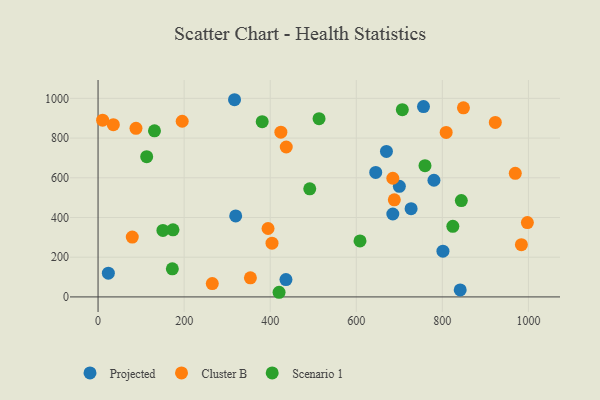
{"axis": {"x": "Distance", "y": "Rating"}, "legend": ["Cluster B", "Projected", "Scenario 1"], "data": [{"x": "727.4", "y": 444.6, "type": "Projected"}, {"x": "700.1", "y": 557.0, "type": "Projected"}, {"x": "645.2", "y": 626.9, "type": "Projected"}, {"x": "684.9", "y": 417.5, "type": "Projected"}, {"x": "436.6", "y": 87.5, "type": "Projected"}, {"x": "670.1", "y": 732.9, "type": "Projected"}, {"x": "756.2", "y": 958.7, "type": "Projected"}, {"x": "319.8", "y": 407.8, "type": "Projected"}, {"x": "23.9", "y": 119.8, "type": "Projected"}, {"x": "801.4", "y": 230.2, "type": "Projected"}, {"x": "841.5", "y": 35.2, "type": "Projected"}, {"x": "317.1", "y": 993.1, "type": "Projected"}, {"x": "780.5", "y": 587.6, "type": "Projected"}, {"x": "969.5", "y": 622.2, "type": "Cluster B"}, {"x": "923.1", "y": 878.7, "type": "Cluster B"}, {"x": "195.5", "y": 884.8, "type": "Cluster B"}, {"x": "684.9", "y": 597.7, "type": "Cluster B"}, {"x": "424.8", "y": 829.9, "type": "Cluster B"}, {"x": "35.5", "y": 867.7, "type": "Cluster B"}, {"x": "354.0", "y": 96.0, "type": "Cluster B"}, {"x": "997.6", "y": 374.6, "type": "Cluster B"}, {"x": "88.1", "y": 849.2, "type": "Cluster B"}, {"x": "10.6", "y": 889.9, "type": "Cluster B"}, {"x": "688.4", "y": 489.2, "type": "Cluster B"}, {"x": "265.4", "y": 67.3, "type": "Cluster B"}, {"x": "808.9", "y": 828.5, "type": "Cluster B"}, {"x": "437.3", "y": 755.0, "type": "Cluster B"}, {"x": "395.0", "y": 344.5, "type": "Cluster B"}, {"x": "983.7", "y": 263.1, "type": "Cluster B"}, {"x": "404.2", "y": 270.7, "type": "Cluster B"}, {"x": "849.0", "y": 952.1, "type": "Cluster B"}, {"x": "79.5", "y": 301.6, "type": "Cluster B"}, {"x": "707.0", "y": 943.1, "type": "Scenario 1"}, {"x": "174.1", "y": 338.1, "type": "Scenario 1"}, {"x": "491.9", "y": 544.4, "type": "Scenario 1"}, {"x": "513.5", "y": 897.7, "type": "Scenario 1"}, {"x": "759.7", "y": 660.9, "type": "Scenario 1"}, {"x": "150.7", "y": 334.9, "type": "Scenario 1"}, {"x": "420.6", "y": 23.4, "type": "Scenario 1"}, {"x": "131.1", "y": 836.6, "type": "Scenario 1"}, {"x": "824.4", "y": 355.7, "type": "Scenario 1"}, {"x": "381.4", "y": 882.7, "type": "Scenario 1"}, {"x": "113.0", "y": 706.3, "type": "Scenario 1"}, {"x": "608.7", "y": 282.1, "type": "Scenario 1"}, {"x": "844.1", "y": 485.2, "type": "Scenario 1"}, {"x": "172.6", "y": 141.3, "type": "Scenario 1"}]}